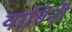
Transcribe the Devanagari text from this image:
यागिनी